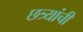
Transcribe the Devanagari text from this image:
छत्र्यांची